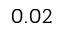
0 . 0 2